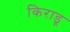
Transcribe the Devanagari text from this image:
किराडू